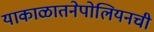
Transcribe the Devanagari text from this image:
याकाळातनेपोलियनची